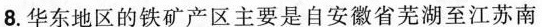
8.华东地区的铁矿产区主要是自安徽省芜湖至江苏南